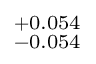
^ { + 0 . 0 5 4 } _ { - 0 . 0 5 4 }